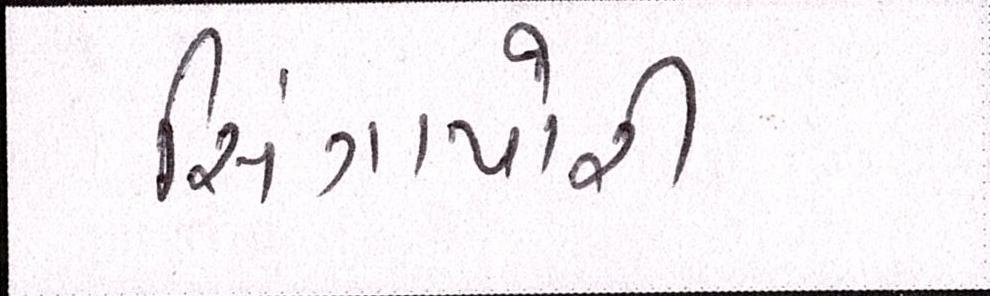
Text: સિંગાપોરી